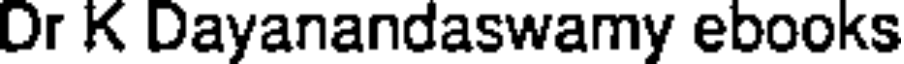
Dr K Dayanandaswamy ebooks